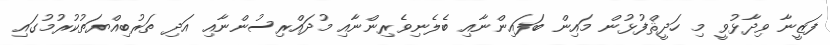
ފަޒީނާ ވިދާޅުވީ މި ހަދީޘްފުޅުން މައިން ބަފައިންނާއި ބެލެނިވެރިންނާއި މުދައްރިސުންނާއި އަދި ތަރުބިއްޔަތުކުރުމުގައި